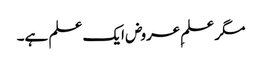
مگر علمِ عروض ایک علم ہے۔